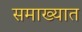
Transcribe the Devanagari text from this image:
समाख्यात